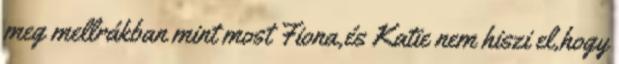
meg mellrákban mint most Fiona,és Katie nem hiszi el,hogy